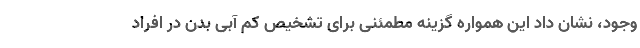
وجود، نشان داد این همواره گزینه مطمئنی برای تشخیص کم آبی بدن در افراد